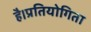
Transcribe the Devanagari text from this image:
है।प्रतियोगिता